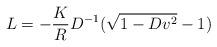
LaTeX: \begin{align*}L = - {K\over R} D^{-1} (\sqrt{1 - D v^2} - 1)\end{align*}